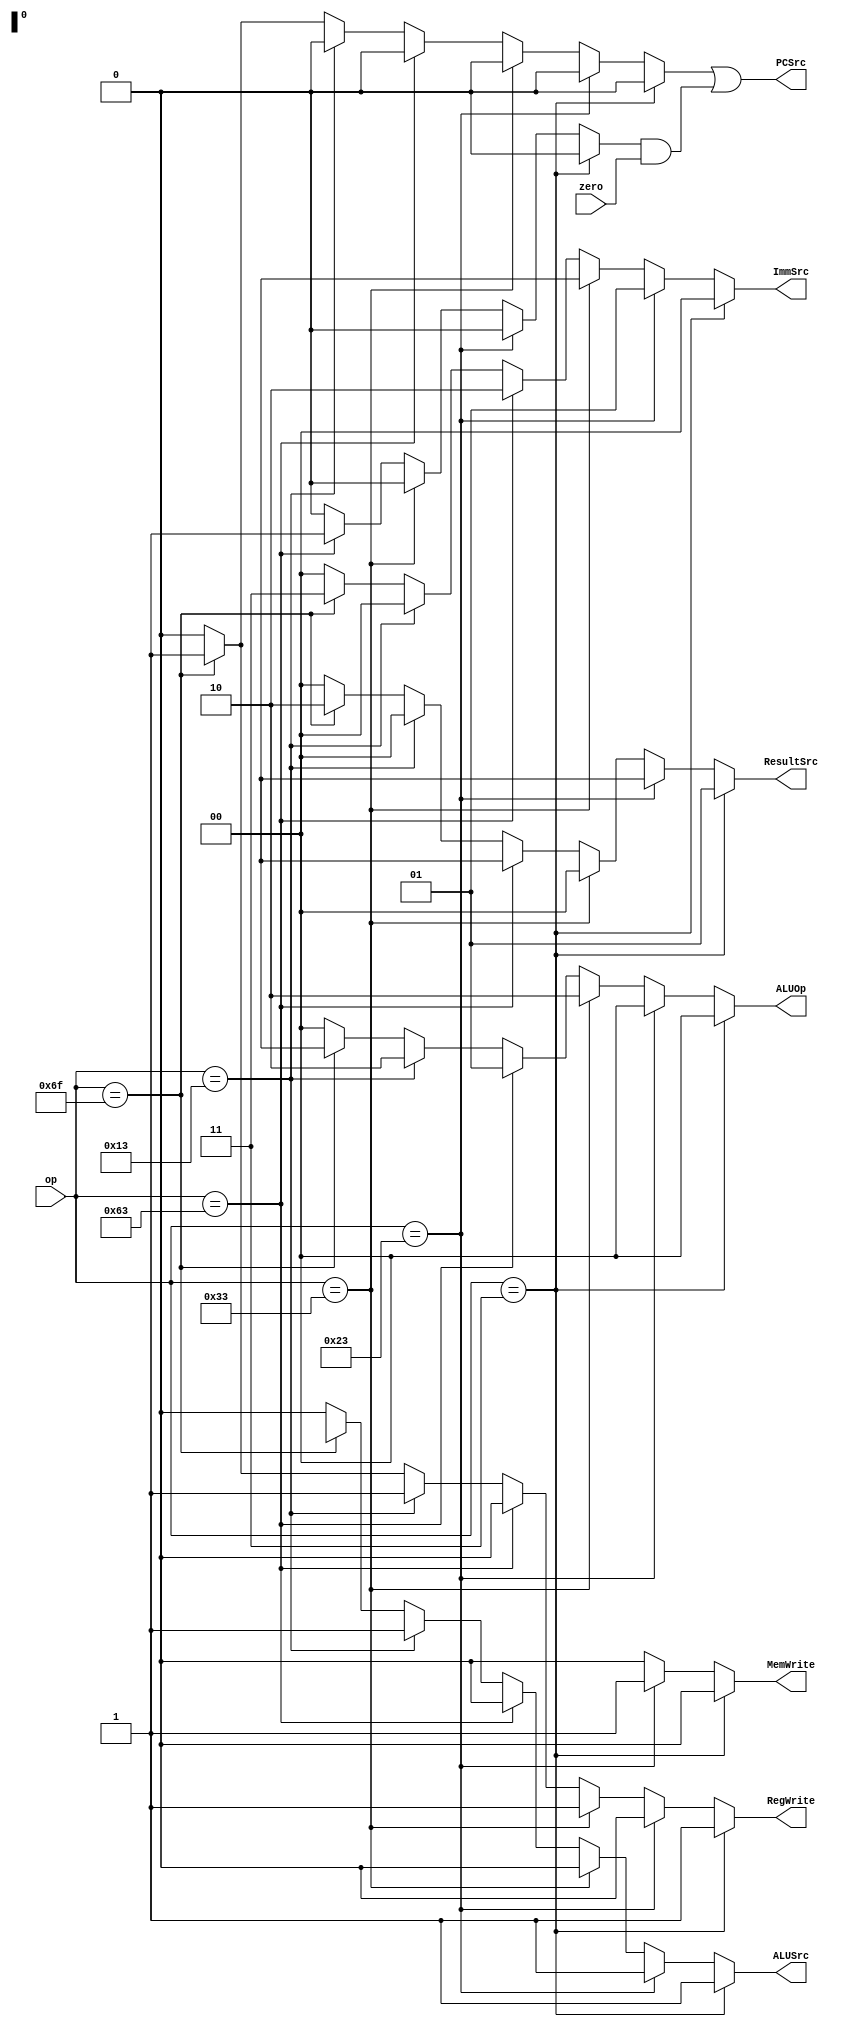
module Main_Decoder(op,zero,ALUOp,PCSrc,ResultSrc,MemWrite,ALUSrc,ImmSrc,RegWrite);
input [6:0] op;
input zero;
output reg [1:0] ALUOp;
output reg [1:0] ImmSrc;
output  PCSrc;
output reg [1:0] ResultSrc ;
output reg MemWrite,ALUSrc,RegWrite;

reg Branch;
reg Jump;
always @(*)
begin
if(op == 7'b0000011)     //lw 
begin 
ALUOp=2'b00;   ResultSrc=2'b01;    MemWrite=0; ALUSrc=1; ImmSrc=2'b00; RegWrite=1; Branch=0; Jump=0;
end
else if (op == 7'b0100011)  //sw
begin 
ALUOp=2'b00;   ResultSrc=2'bxx; MemWrite=1; ALUSrc=1; ImmSrc=2'b01; RegWrite=0; Branch=0; Jump=0;
end
else if (op == 7'b0110011)   //R-type
begin 
 ALUOp=2'b10;   ResultSrc=2'b00;    MemWrite=0; ALUSrc=0; ImmSrc=2'bxx; RegWrite=1; Branch=0; Jump=0;
end
else if (op == 7'b1100011)  //beq
begin 
 ALUOp=2'b01;   ResultSrc=2'bxx; MemWrite=0; ALUSrc=0; ImmSrc=2'b10; RegWrite=0; Branch=1; Jump=0;
end
else if (op == 7'b0010011)  //addi
begin 
ALUOp=2'b10;   ResultSrc=2'b00; MemWrite=0; ALUSrc=1; ImmSrc=2'b00; RegWrite=1; Branch=0; Jump=0;
end
else if (op == 7'b1101111)  //jal
begin 
ALUOp=2'bxx;   ResultSrc=2'b10; MemWrite=0; ALUSrc=1'bx; ImmSrc=2'b11; RegWrite=1; Branch=0; Jump=1'b1;
end

else 
begin
ALUOp=2'b00;   ResultSrc=1'b0; MemWrite=1'b0; ALUSrc=1'b0; ImmSrc=2'b00; RegWrite=1'b0; Branch=1'b0; Jump=1'b0;
end

end
assign PCSrc = Jump | (Branch & zero);
endmodule